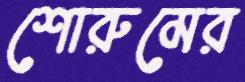
শোরুমের